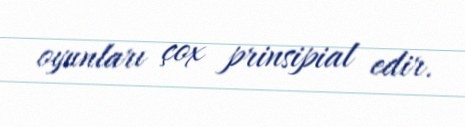
oyunları çox prinsipial edir.